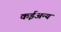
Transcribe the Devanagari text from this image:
कईअन्य